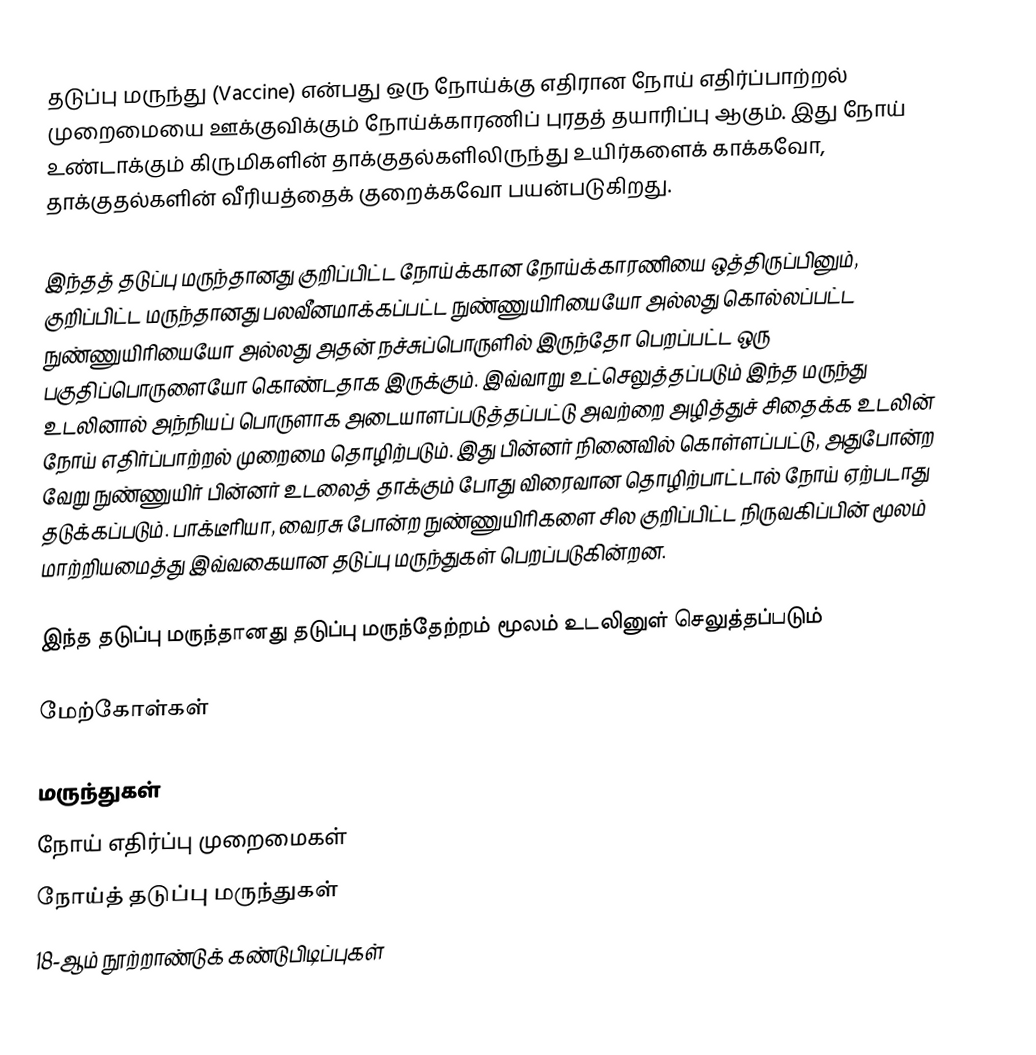
தடுப்பு மருந்து (Vaccine) என்பது ஒரு நோய்க்கு எதிரான நோய் எதிர்ப்பாற்றல் முறைமையை ஊக்குவிக்கும் நோய்க்காரணிப் புரதத் தயாரிப்பு ஆகும். இது நோய் உண்டாக்கும் கிருமிகளின் தாக்குதல்களிலிருந்து உயிர்களைக் காக்கவோ, தாக்குதல்களின் வீரியத்தைக் குறைக்கவோ பயன்படுகிறது.

இந்தத் தடுப்பு மருந்தானது குறிப்பிட்ட நோய்க்கான நோய்க்காரணியை ஒத்திருப்பினும், குறிப்பிட்ட மருந்தானது பலவீனமாக்கப்பட்ட நுண்ணுயிரியையோ அல்லது கொல்லப்பட்ட நுண்ணுயிரியையோ அல்லது அதன் நச்சுப்பொருளில் இருந்தோ பெறப்பட்ட ஒரு பகுதிப்பொருளையோ கொண்டதாக இருக்கும். இவ்வாறு உட்செலுத்தப்படும் இந்த மருந்து உடலினால் அந்நியப் பொருளாக அடையாளப்படுத்தப்பட்டு அவற்றை அழித்துச் சிதைக்க உடலின் நோய் எதிர்ப்பாற்றல் முறைமை தொழிற்படும். இது பின்னர் நினைவில் கொள்ளப்பட்டு, அதுபோன்ற வேறு நுண்ணுயிர் பின்னர் உடலைத் தாக்கும் போது விரைவான தொழிற்பாட்டால் நோய் ஏற்படாது தடுக்கப்படும். பாக்டீரியா, வைரசு போன்ற நுண்ணுயிரிகளை சில குறிப்பிட்ட நிருவகிப்பின் மூலம் மாற்றியமைத்து இவ்வகையான தடுப்பு மருந்துகள் பெறப்படுகின்றன.

இந்த தடுப்பு மருந்தானது தடுப்பு மருந்தேற்றம் மூலம் உடலினுள் செலுத்தப்படும்

மேற்கோள்கள்

மருந்துகள்
நோய் எதிர்ப்பு முறைமைகள்
நோய்த் தடுப்பு மருந்துகள்
18-ஆம் நூற்றாண்டுக் கண்டுபிடிப்புகள்